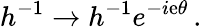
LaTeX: h^{-1}\to h^{-1}{e}^{-i{\mathrm{e}}\theta}\, .